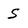
Character: 5